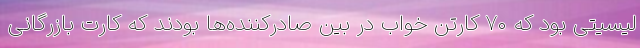
لیسیتی بود که ۷۰ کارتن خواب در بین صادرکننده‌ها بودند که کارت بازرگانی